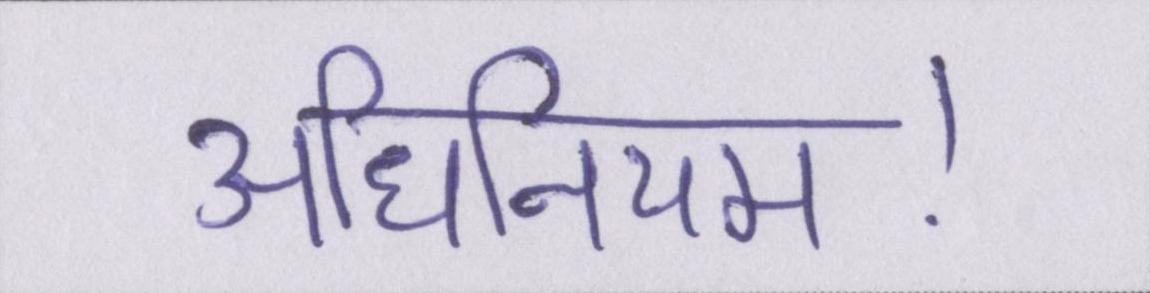
अधिनियम।